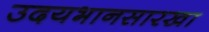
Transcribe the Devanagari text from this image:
उदयभानसारखा